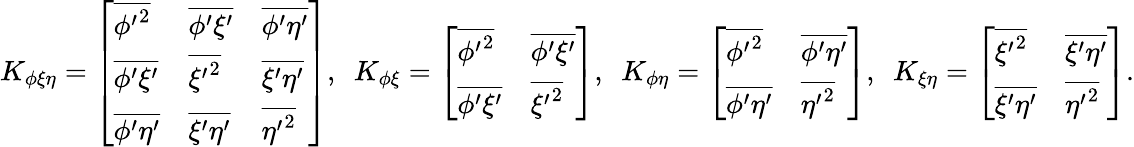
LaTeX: \begin{array}{r}{{K}_{\phi\xi\eta}=\left[\begin{array}{lll}{\overline{{{\phi^{\prime}}^{2}}}}&{\overline{{\phi^{\prime}\xi^{\prime}}}}&{\overline{{\phi^{\prime}\eta^{\prime}}}}\\ {\overline{{\phi^{\prime}\xi^{\prime}}}}&{\overline{{{\xi^{\prime}}^{2}}}}&{\overline{{\xi^{\prime}\eta^{\prime}}}}\\ {\overline{{\phi^{\prime}\eta^{\prime}}}}&{\overline{{\xi^{\prime}\eta^{\prime}}}}&{\overline{{{\eta^{\prime}}^{2}}}}\end{array}\right],\ \ {K}_{\phi\xi}=\left[\begin{array}{ll}{\overline{{{\phi^{\prime}}^{2}}}}&{\overline{{\phi^{\prime}\xi^{\prime}}}}\\ {\overline{{\phi^{\prime}\xi^{\prime}}}}&{\overline{{{\xi^{\prime}}^{2}}}}\end{array}\right],\ \ {K}_{\phi\eta}=\left[\begin{array}{ll}{\overline{{{\phi^{\prime}}^{2}}}}&{\overline{{\phi^{\prime}\eta^{\prime}}}}\\ {\overline{{\phi^{\prime}\eta^{\prime}}}}&{\overline{{{\eta^{\prime}}^{2}}}}\end{array}\right],\ \ {K}_{\xi\eta}=\left[\begin{array}{ll}{\overline{{{\xi^{\prime}}^{2}}}}&{\overline{{\xi^{\prime}\eta^{\prime}}}}\\ {\overline{{\xi^{\prime}\eta^{\prime}}}}&{\overline{{{\eta^{\prime}}^{2}}}}\end{array}\right].}\end{array}